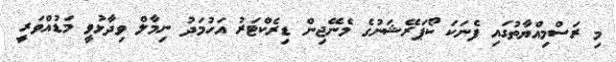
މި ރަސްމިއްޔާތުގައި ފެނަކަ ކޯޕަރޭޝަނުގެ މެނޭޖިން ޑިރެކްޓަރު އަހުމަދު ނިމާލް ވިދާޅުވީ މަޑުއްވަރީ